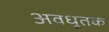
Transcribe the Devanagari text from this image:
अवधूतक